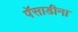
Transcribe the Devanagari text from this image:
पॅसाडीना